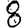
Digit: 8